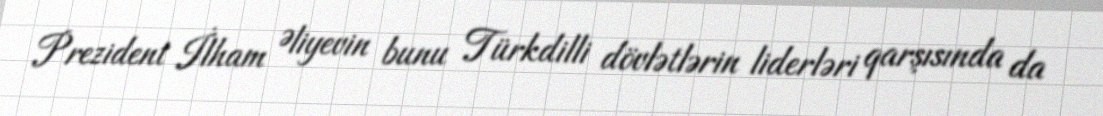
Prezident İlham Əliyevin bunu Türkdilli dövlətlərin liderləri qarşısında da